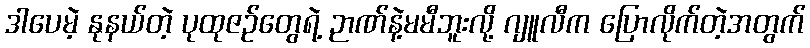
ဒါပေမဲ့ နုနယ်တဲ့ ပုထုဇဉ်တွေရဲ့ ဉာဏ်နဲ့မမီဘူးလို့ ဂျူလီက ပြောလိုက်တဲ့အတွက်